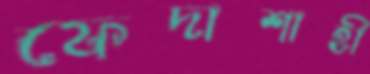
ফেদাশাহী